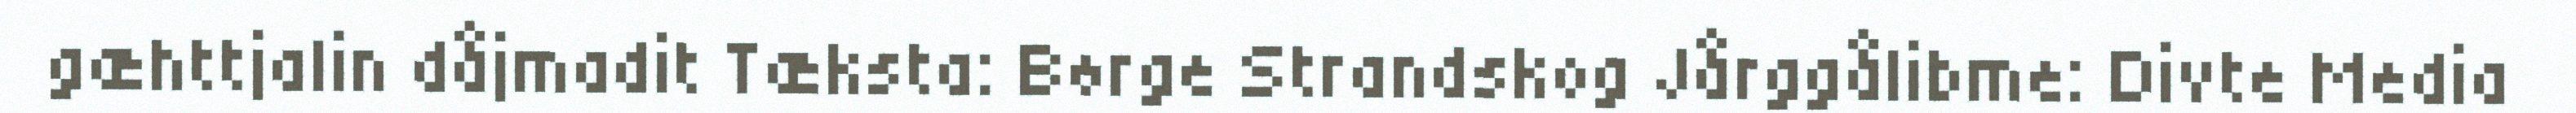
gæhttjalin dåjmadit Tæksta: Børge Strandskog Jårggålibme: Divte Media